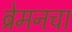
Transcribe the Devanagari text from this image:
ब्रेमनचा